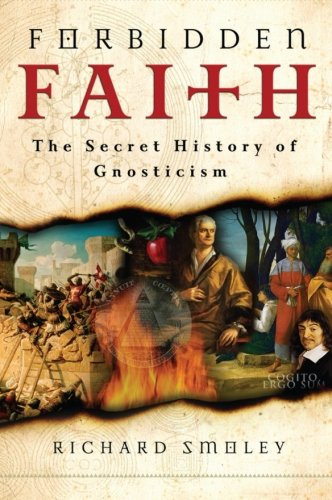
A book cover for Forbidden Faith: The Secret History of Gnosticism; Richard Smoley; Christian Books & Bibles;